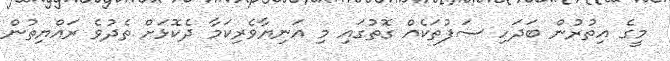
މީގެ އިތުރުން ބަދަހި ސަފުތަކެއް ގޮތުގައި މި އަނިޔާވެރިކަމާ ދެކޮޅަށް ތެދުވެ ރައްޔިތުން